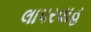
લાપરવાહ